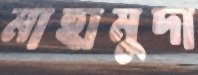
মাহামুদা